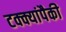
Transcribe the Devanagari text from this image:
टक्क्यांपैकी